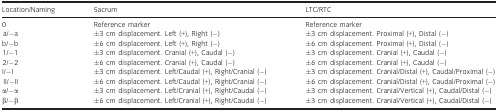
| Location/Naming | Sacrum | LTC/RTC |
 | --- | --- | --- |
 | 0 | Reference marker | Reference marker |
 | a/−a | ±3 cm displacement. Left (+), Right (−) | ±3 cm displacement. Proximal (+), Distal (−) |
 | b/−b | ±6 cm displacement. Left (+), Right (−) | ±6 cm displacement. Proximal (+), Distal (−) |
 | 1/−1 | ±3 cm displacement. Cranial (+), Caudal (−) | ±3 cm displacement. Cranial (+), Caudal (−) |
 | 2/−2 | ±6 cm displacement. Cranial (+), Caudal (−) | ±6 cm displacement. Cranial (+), Caudal (−) |
 | I/−I | ±3 cm displacement. Left/Caudal (+), Right/Cranial (−) | ±3 cm displacement. Cranial/Distal (+), Caudal/Proximal (−) |
 | II/−II | ±6 cm displacement. Left/Caudal (+), Right/Cranial (−) | ±6 cm displacement. Cranial/Distal (+), Caudal/Proximal (−) |
 | α/−α | ±3 cm displacement. Left/Cranial (+), Right/Caudal (−) | ±3 cm displacement. Cranial/Vertical (+), Caudal/Distal (−) |
 | β/−β | ±6 cm displacement. Left/Cranial (+), Right/Caudal (−) | ±3 cm displacement. Cranial/Vertical (+), Caudal/Distal (−) |